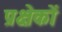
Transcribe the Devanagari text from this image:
प्रक्षेकों